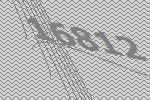
16812